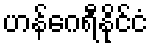
ဟန်ဂေရီနိုင်ငံ